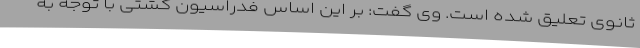
ثانوی تعلیق شده است. وی گفت: بر این اساس فدراسیون کشتی با توجه به